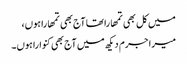
میں کل بھی تمھارا تھا آج بھی تمھارا ہوں،
میرا جرم دیکھ میں آج بھی کنوارا ہوں۔